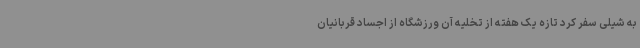
به شیلی سفر کرد تازه یک هفته از تخلیه آن ورزشگاه از اجساد قربانیان